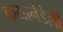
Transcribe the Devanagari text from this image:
कयानेडेली